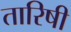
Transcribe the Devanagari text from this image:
तारिषी